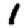
Digit: 1